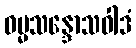
ဓမ္မသန္ဒောသဝါဒံ